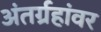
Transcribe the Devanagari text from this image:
अंतर्ग्रहांवर